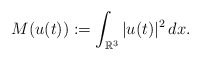
\begin{align*}M(u(t)):=\int_{\mathbb R^3}|u(t)|^2\,dx.\end{align*}